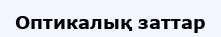
Оптикалық заттар